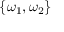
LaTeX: \left\{ \omega _ { 1 } , \omega _ { 2 } \right\}